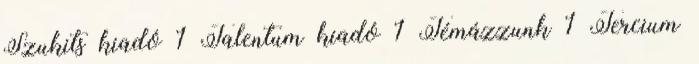
Szukits kiadó 1 Talentum kiadó 1 Témázzunk 1 Tercium